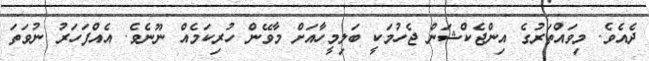
ދެއެވެ. މިވައްތަރުގެ އިންޖެކްޝަން ޖެހުމަކީ ބަލިމީހާއަށް މާވޭން ހުރިކަމެއް ނޫނެވެ. އެއްފަހަރު ނުވަތަ